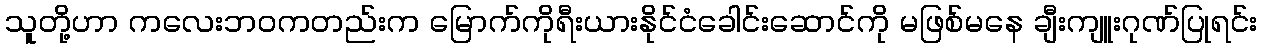
သူတို့ဟာ ကလေးဘဝကတည်းက မြောက်ကိုရီးယားနိုင်ငံခေါင်းဆောင်ကို မဖြစ်မနေ ချီးကျူးဂုဏ်ပြုရင်း